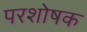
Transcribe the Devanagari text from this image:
परशोषक